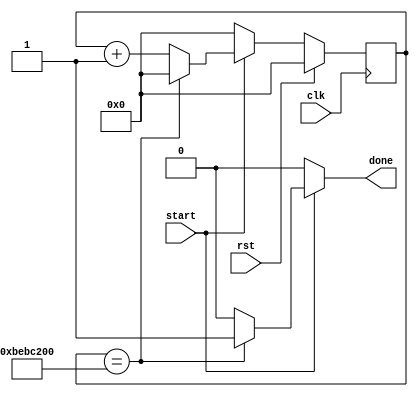
`timescale 1ns / 1ps

module counter_timer (clk, rst, start, done); //2s
    input clk;
    input rst;
    input start;
    output reg done;
    reg [30-1:0] count, next_count;
    always@(posedge clk) begin
        if (rst) begin
            count = 1'b0;
        end
        else begin
            count <= next_count;
        end
    end

    always@(*) begin
        next_count = count;
        if (start) begin
            if (count == 30'd2_0000_0000) begin
                next_count = 30'b0;
                done = 1'b1;
            end
            else begin
                next_count = count + 30'b1;
                done = 1'b0;
            end
        end
        else begin
            next_count = 30'b0;
            done = 1'b0;
        end
    end
endmodule

//

module counter_music (clk, rst, start, done); //0.25s
    input clk;
    input rst;
    input start;
    output reg done;
    reg [30-1:0] count, next_count;
    reg next_done;
    always@(posedge clk) begin
        if (rst) begin
            done <= 1'b0;
            count <= 30'b0;
        end
        else begin
            done <= next_done;
            count <= next_count;
        end
    end

    always@(*) begin
        if (start) begin
            next_done = 1'b1;
            next_count = 30'b0;
        end
        else begin
            if (done) begin
                if(count < 30'd2500_0000) begin
                    next_done = 1'b1;
                    next_count = count + 30'b1;
                end
                else begin
                    next_done = 1'b0;
                    next_count = 30'b0;
                end
            end
            else begin
                next_done = 1'b0;
                next_count = 30'b0;
            end
        end
    end
endmodule